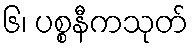
၆၊ ပစ္စနီကသုတ်